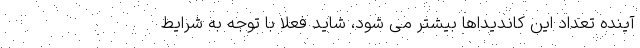
آینده تعداد این کاندیداها بیشتر می شود، شاید فعلا با توجه به شرایط